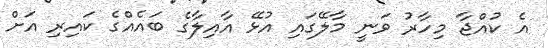
އެ ކުއްޖާ މިހާރު ވަނީ މާލޭގައި އުޅޭ އާއިލާގެ ބައެއްގެ ކައިރި އަށް